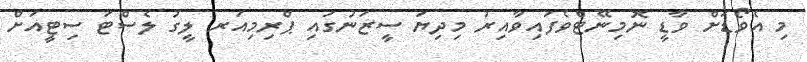
މި އެވޯޑަށް ވާޑީ ނޮމިނޭޓްވެފައިވާއިރު މިދިޔަ ސީޒަނުގައި ޕްރިމިއަރ ލީގު ލެސްޓަ ސިޓީއަށް